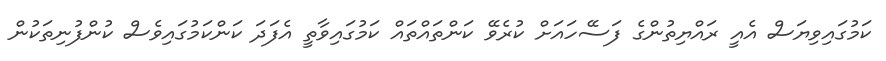
ކަމުގައިވިޔަސް އެއީ ރައްޔިތުންގެ ފަސޭހައަށް ކުރެވޭ ކަންތައްތައް ކަމުގައިވާތީ އެފަދަ ކަންކަމުގައިވެސް ކުންފުނިތަކުން